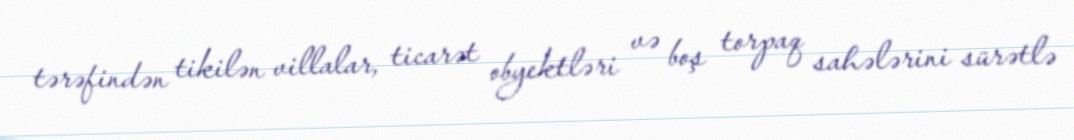
tərəfindən tikilən villalar, ticarət obyektləri və boş torpaq sahələrini sürətlə